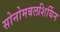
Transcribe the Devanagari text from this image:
सोनोमबलशिर्यिन